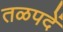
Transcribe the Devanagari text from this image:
तळपदें